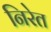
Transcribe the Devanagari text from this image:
निरेत